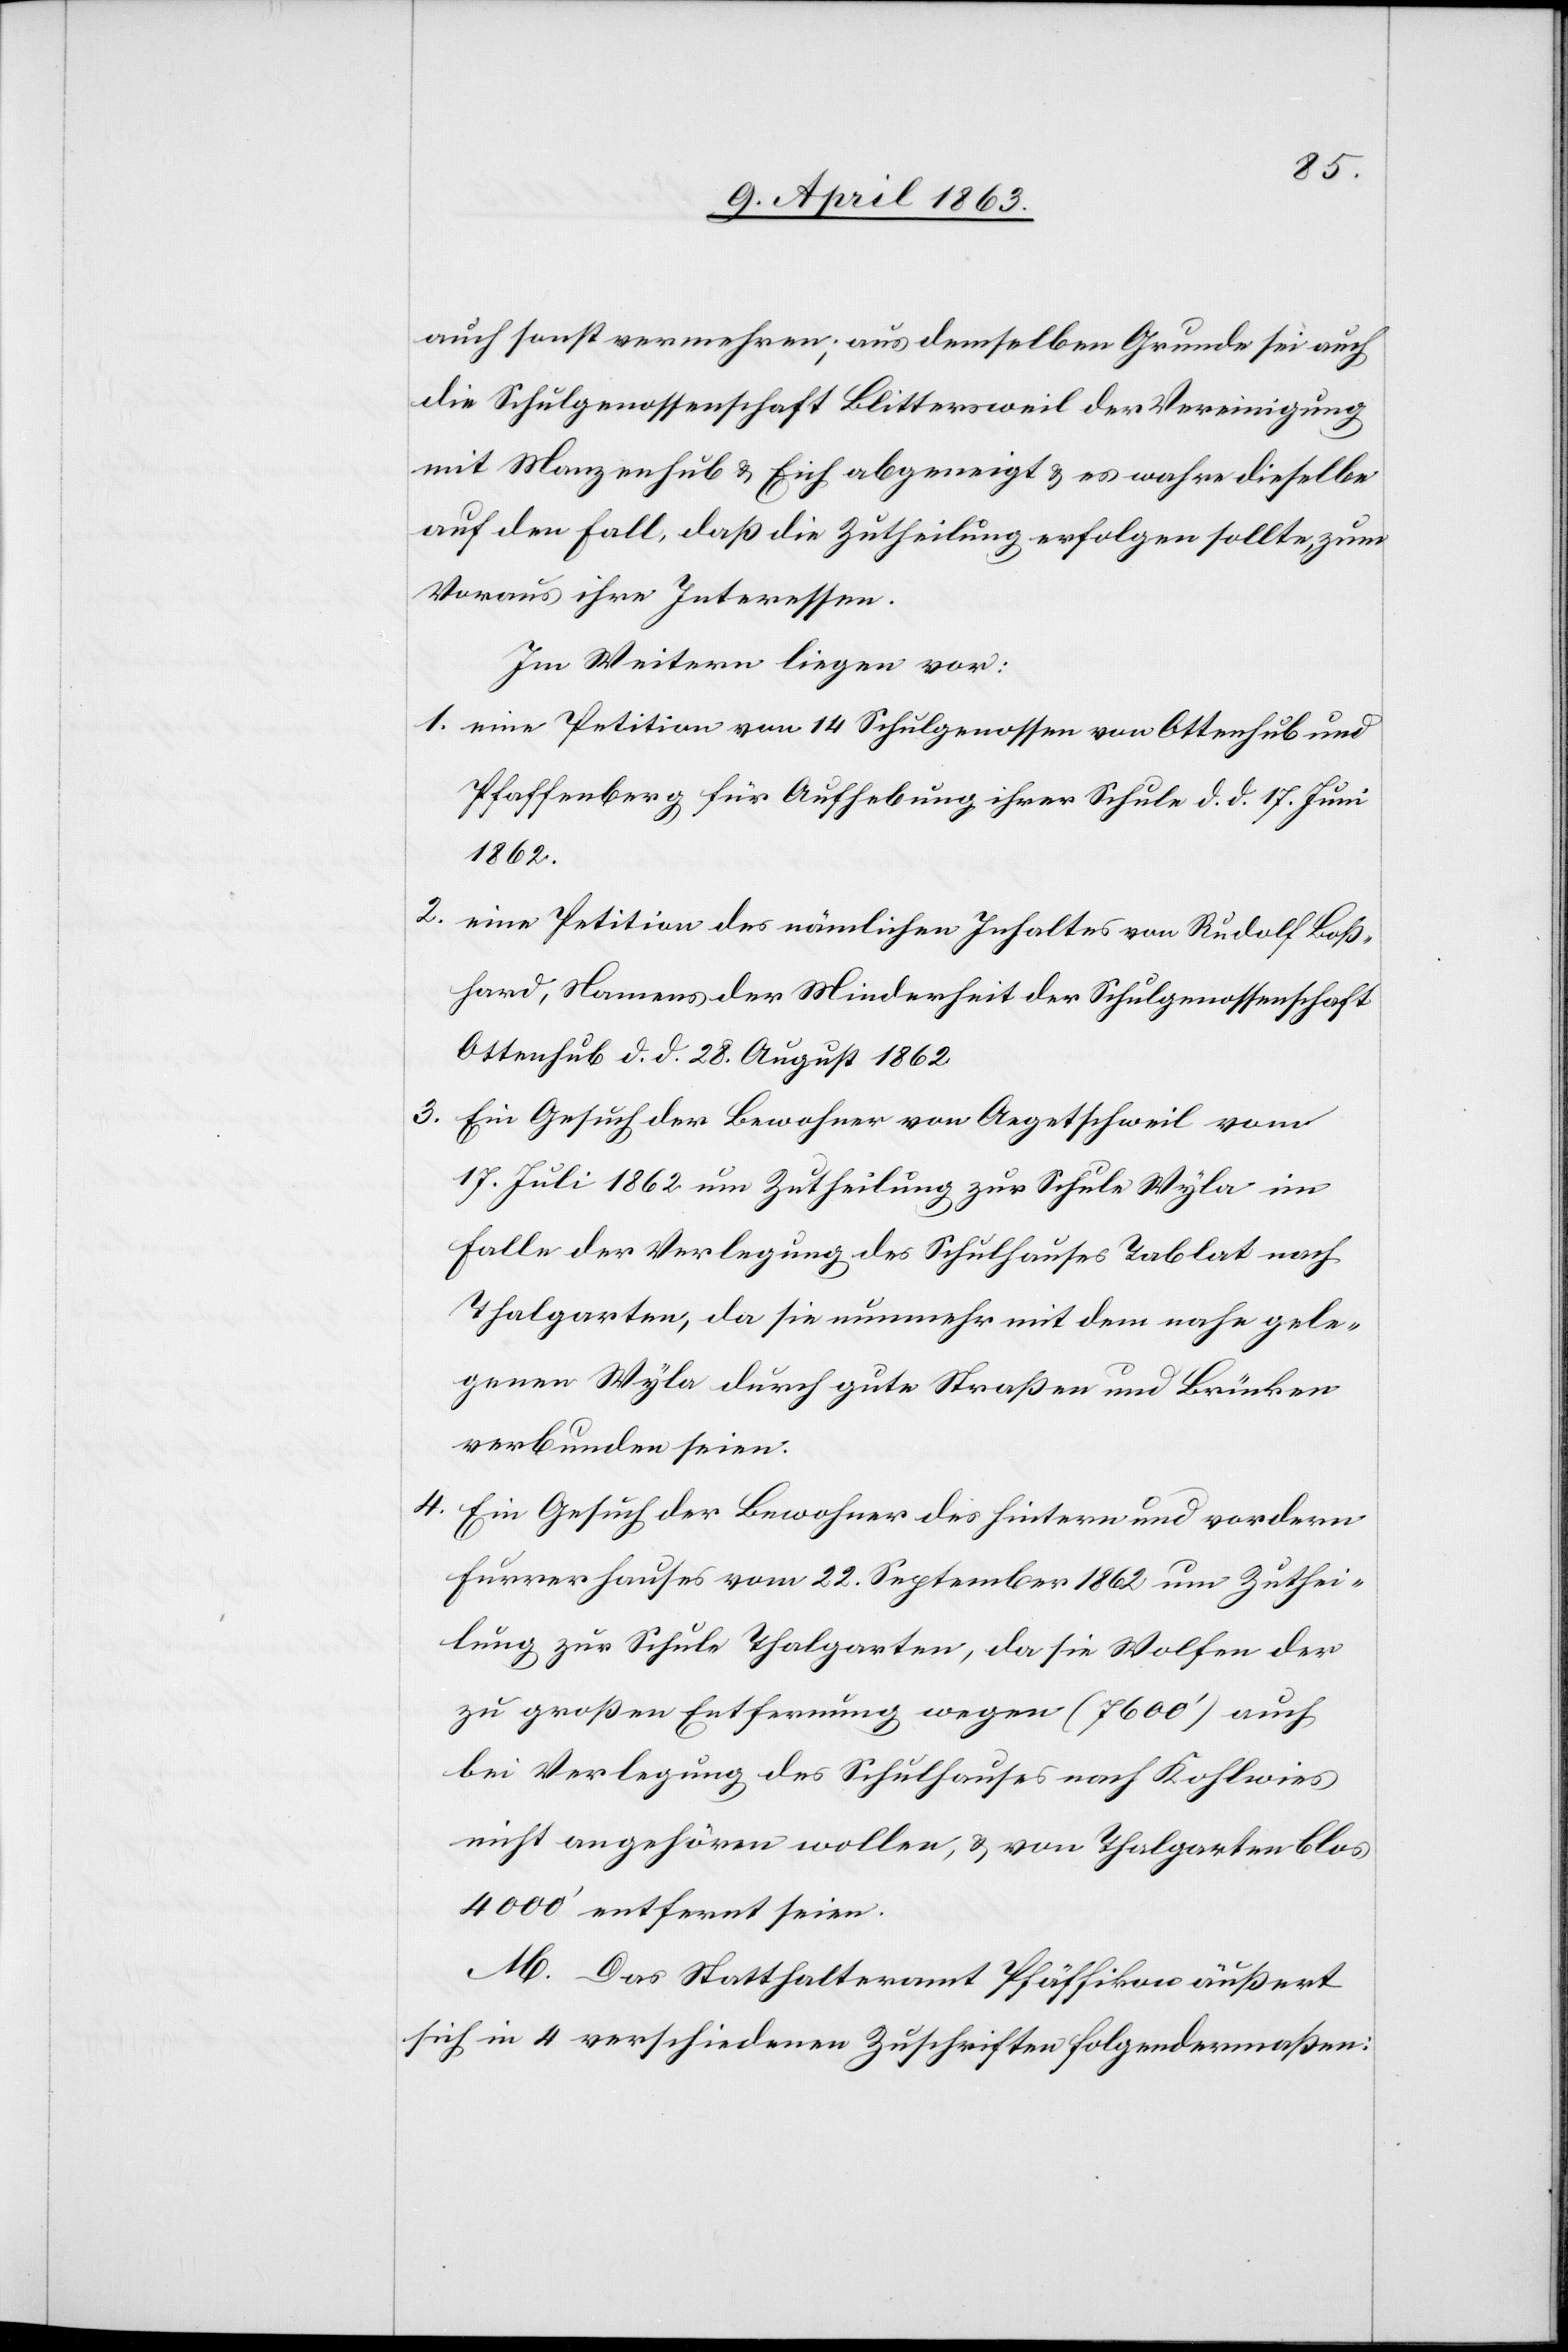
auch sonst vermehren; aus demselben Grunde sei auch
die Schulgenossenschaft Blittersweil der Vereinigung
mit Manzenhub & Eich abgeneigt & es wahre dieselbe
auf den Fall, daß die Zutheilung erfolgen sollte, zum
Voraus ihre Interessen.
Im Weitern liegen vor:
1. eine Petition von 14 Schulgenossen von Ottenhub und
Pfaffenberg für Aufhebung ihrer Schule d. d. 17. Juni
1862.
2. eine Petition des nämlichen Inhaltes von Rudolf Boß¬
hard, Namens der Minderheit der Schulgenossenschaft
Ottenhub d. d. 28. August 1862
3. Ein Gesuch der Bewohner von Aegetschweil vom
17. Juli 1862 um Zutheilung zur Schule Wyla im
Falle der Verlegung des Schulhauses Tablat nach
Thalgarten, da sie nunmehr mit dem nahe gele¬
genen Wyla durch gute Straßen und Brücken
verbunden seien.
4. Ein Gesuch der Bewohner des hintern und vordern
Furrerhauses vom 22. September 1862 um Zuthei¬
lung zur Schule Thalgarten, da sie Wolfen der
zu großen Entfernung wegen (7600') auch
bei Verlegung des Schulhauses nach Kohlwies
nicht angehören wollen, & von Thalgarten blos
4000' entfernt seien.
M. Das Statthalteramt Pfäffikon äußert
sich in 4 verschiedenen Zuschriften folgendermaßen: